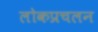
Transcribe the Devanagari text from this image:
लोकप्रचलन